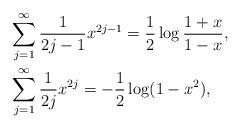
LaTeX: \begin{align*}& \sum_{j=1}^\infty \frac{1}{2j-1} x^{2j-1} = \frac{1}{2} \log \frac{1+x}{1-x}, \\& \sum_{j=1}^\infty \frac{1}{2j} x^{2j} = -\frac{1}{2} \log (1-x^2),\end{align*}